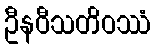
ဦနဝီသတိဝဿံ